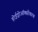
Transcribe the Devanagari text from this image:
होईड्रोऑक्सीकरण